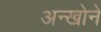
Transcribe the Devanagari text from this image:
अन्खोने